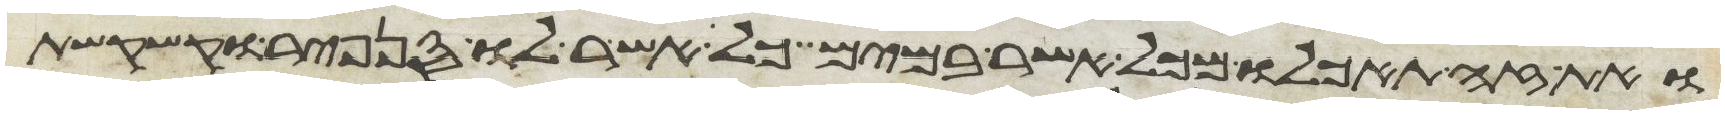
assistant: ואת זה תאכלו מכל אשר במים כל אשר לו סנפיר וקשקשת